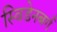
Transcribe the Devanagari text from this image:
स्विडेनबर्ग